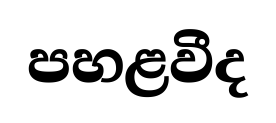
පහළවීද